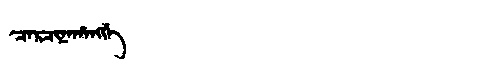
Manchu: ᠴᠠᡵᠴᡳᠨᠠᡥᠠᠩᡤᡝ
Romanization: CARCINAHANGGE